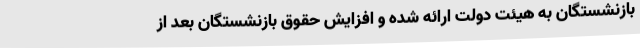
بازنشستگان به هیئت دولت ارائه شده و افزایش حقوق بازنشستگان بعد از